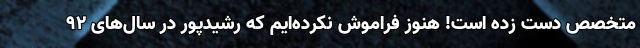
متخصص دست زده است! هنوز فراموش نکرده‌ایم که رشیدپور در سال‌های ۹۲